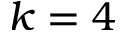
k = 4